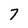
Character: 7